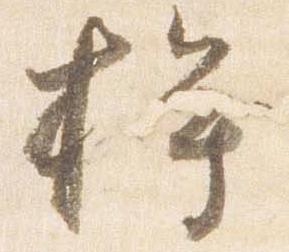
桙